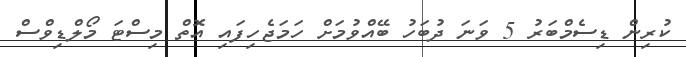
ކުރިން ޑިސެމްބަރު 5 ވަނަ ދުބަހު ބޭއްވުމަށް ހަމަޖެހިފައި އޮތް މިސްޓަ މޯލްޑިވްސް